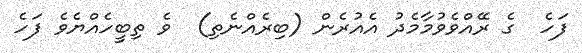
ފަހެ  ގެ ރޭއްވެވުމާމެދު އެއުރެން (ބިރެއްނެތި)  ވެ ތިބީހެއްޔެވެ ފަހެ